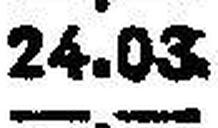
—.—